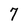
Character: 7